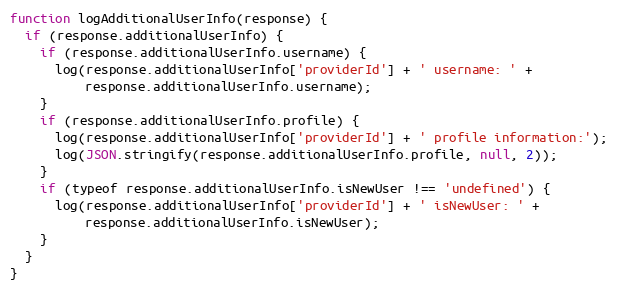
Language: JavaScript
function logAdditionalUserInfo(response) {
  if (response.additionalUserInfo) {
    if (response.additionalUserInfo.username) {
      log(response.additionalUserInfo['providerId'] + ' username: ' +
          response.additionalUserInfo.username);
    }
    if (response.additionalUserInfo.profile) {
      log(response.additionalUserInfo['providerId'] + ' profile information:');
      log(JSON.stringify(response.additionalUserInfo.profile, null, 2));
    }
    if (typeof response.additionalUserInfo.isNewUser !== 'undefined') {
      log(response.additionalUserInfo['providerId'] + ' isNewUser: ' +
          response.additionalUserInfo.isNewUser);
    }
  }
}